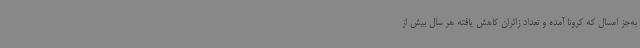
به‌جز امسال که کرونا آمده و تعداد زائران کاهش یافته هر سال بیش از